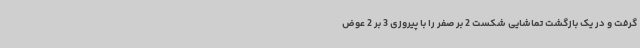
گرفت و در یک بازگشت تماشایی شکست 2 بر صفر را با پیروزی 3 بر 2 عوض